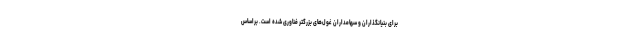
برای بنیانگذاران و سهامداران غول‌های بزرگتر فناوری شده است. براساس